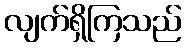
လျက်ရှိကြသည်